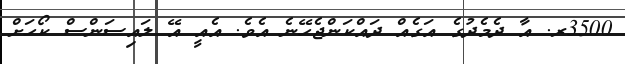
3500ރ. އާ ދެމެދުގެ އަގެއް ދައްކަންޖެހޭނެ އެވެ. އެއީ އޭ ލައިސަންސް ކޯހަށް